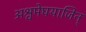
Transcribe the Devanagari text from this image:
अश्वमेघयाजिन्